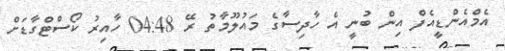
އެމްއެންޑީއެފް އިން ބުނީ އެ ހާދިސާގެ މައުލޫމާތު ރޭ 04:48 ހާއިރު ކޯސްޓްގާޑަށް